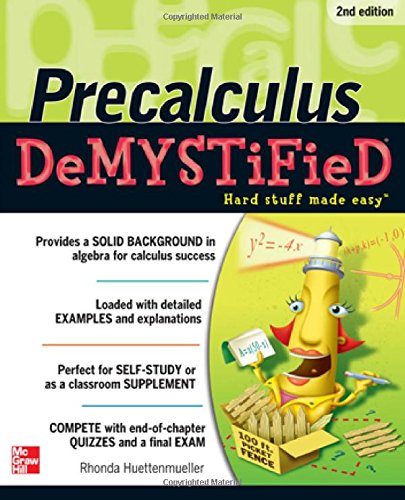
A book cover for Pre-calculus Demystified, Second Edition; Rhonda Huettenmueller; Science & Math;